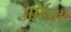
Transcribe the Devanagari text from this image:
आर्डबर